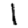
Digit: 1